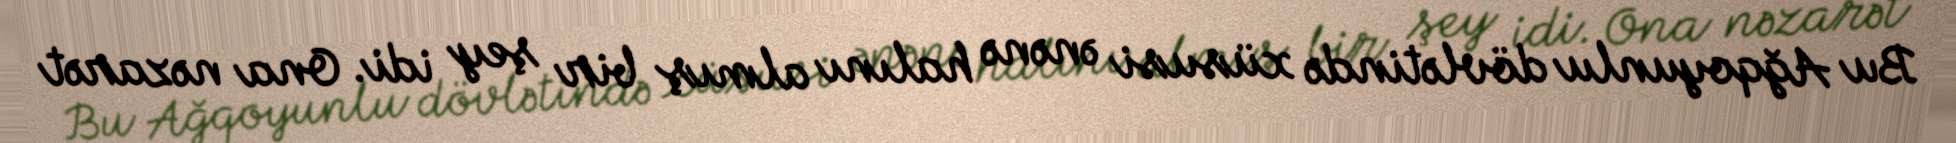
Bu Ağqoyunlu dövlətində xüsusi ənənə halını almış bir şey idi. Ona nəzarət